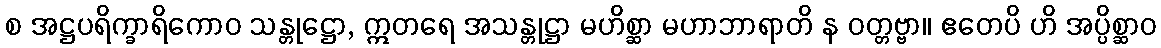
စ အဋ္ဌပရိက္ခာရိကောဝ သန္တုဋ္ဌော, ဣတရေ အသန္တုဋ္ဌာ မဟိစ္ဆာ မဟာဘာရာတိ န ဝတ္တဗ္ဗာ။ ဧတေပိ ဟိ အပ္ပိစ္ဆာဝ